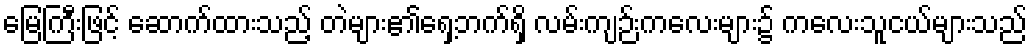
မြေကြီးဖြင့် ဆောက်ထားသည့် တဲများ၏ရှေ့ဘက်ရှိ လမ်းကျဉ်းကလေးများ၌ ကလေးသူငယ်များသည်